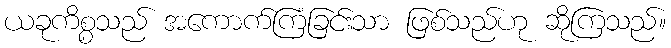
ယခုကိစ္စသည် အကောက်ကြံခြင်းသာ ဖြစ်သည်ဟု ဆိုကြသည်။